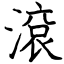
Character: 滾